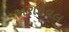
અરાઇવલ